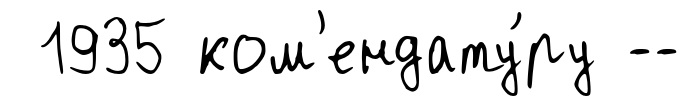
1935 ком'ендату́ру --